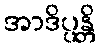
အာဒိပ္ပန္တိ